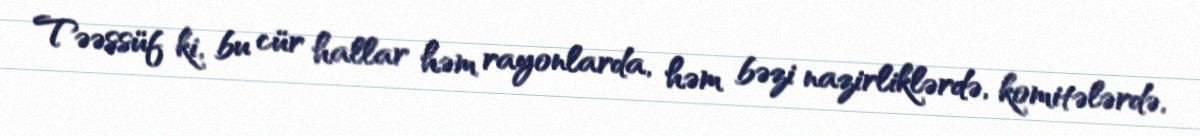
Təəssüf ki, bu cür hallar həm rayonlarda, həm bəzi nazirliklərdə, komitələrdə,